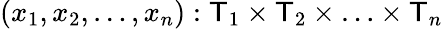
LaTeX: (x_{1},x_{2},\ldots,x_{n}):{\mathsf{T}}_{1}\times{\mathsf{T}}_{2}\times\ldots\times{\mathsf{T}}_{n}